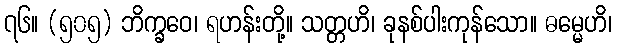
၇၆။ (၅၀၅) ဘိက္ခဝေ၊ ရဟန်းတို့။ သတ္တဟိ၊ ခုနစ်ပါးကုန်သော။ ဓမ္မေဟိ၊